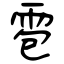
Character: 雹